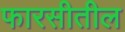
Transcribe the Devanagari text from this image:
फारसीतील